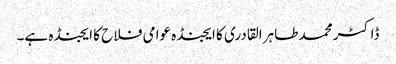
ڈاکٹر محمد طاہر القادری کا ایجنڈہ عوامی فلاح کا ایجنڈہ ہے۔